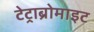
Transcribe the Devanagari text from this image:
टेट्राब्रोमाइट